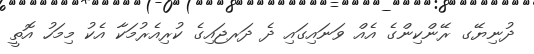
ދުނިޔޭގ ރޭންކިންގެ އެއް ވަނައިގައި ދެ ދަރޖައިގެ ކުރިއެރުމަކާ އެކު މިމަހު އޮތީ